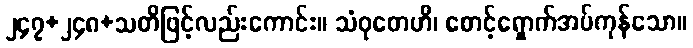
၂၄၇+၂၄၈+သတိဖြင့်လည်းကောင်း။ သံဝုတေဟိ၊ စောင့်ရှောက်အပ်ကုန်သော။